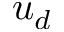
u _ { d }